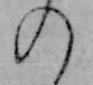
の